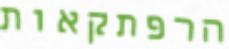
הרפתקאות